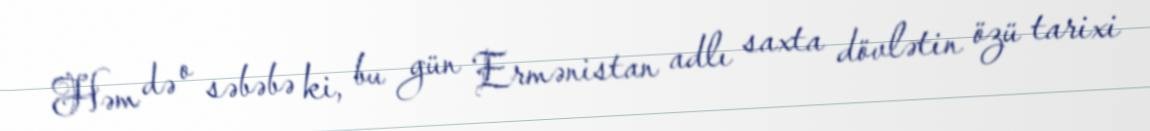
Həm də o səbəbə ki, bu gün Ermənistan adlı saxta dövlətin özü tarixi